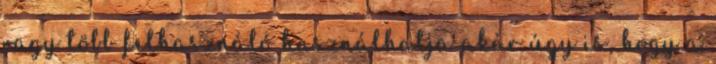
vagy több felhasználó használhatja akár úgy is, hogy a